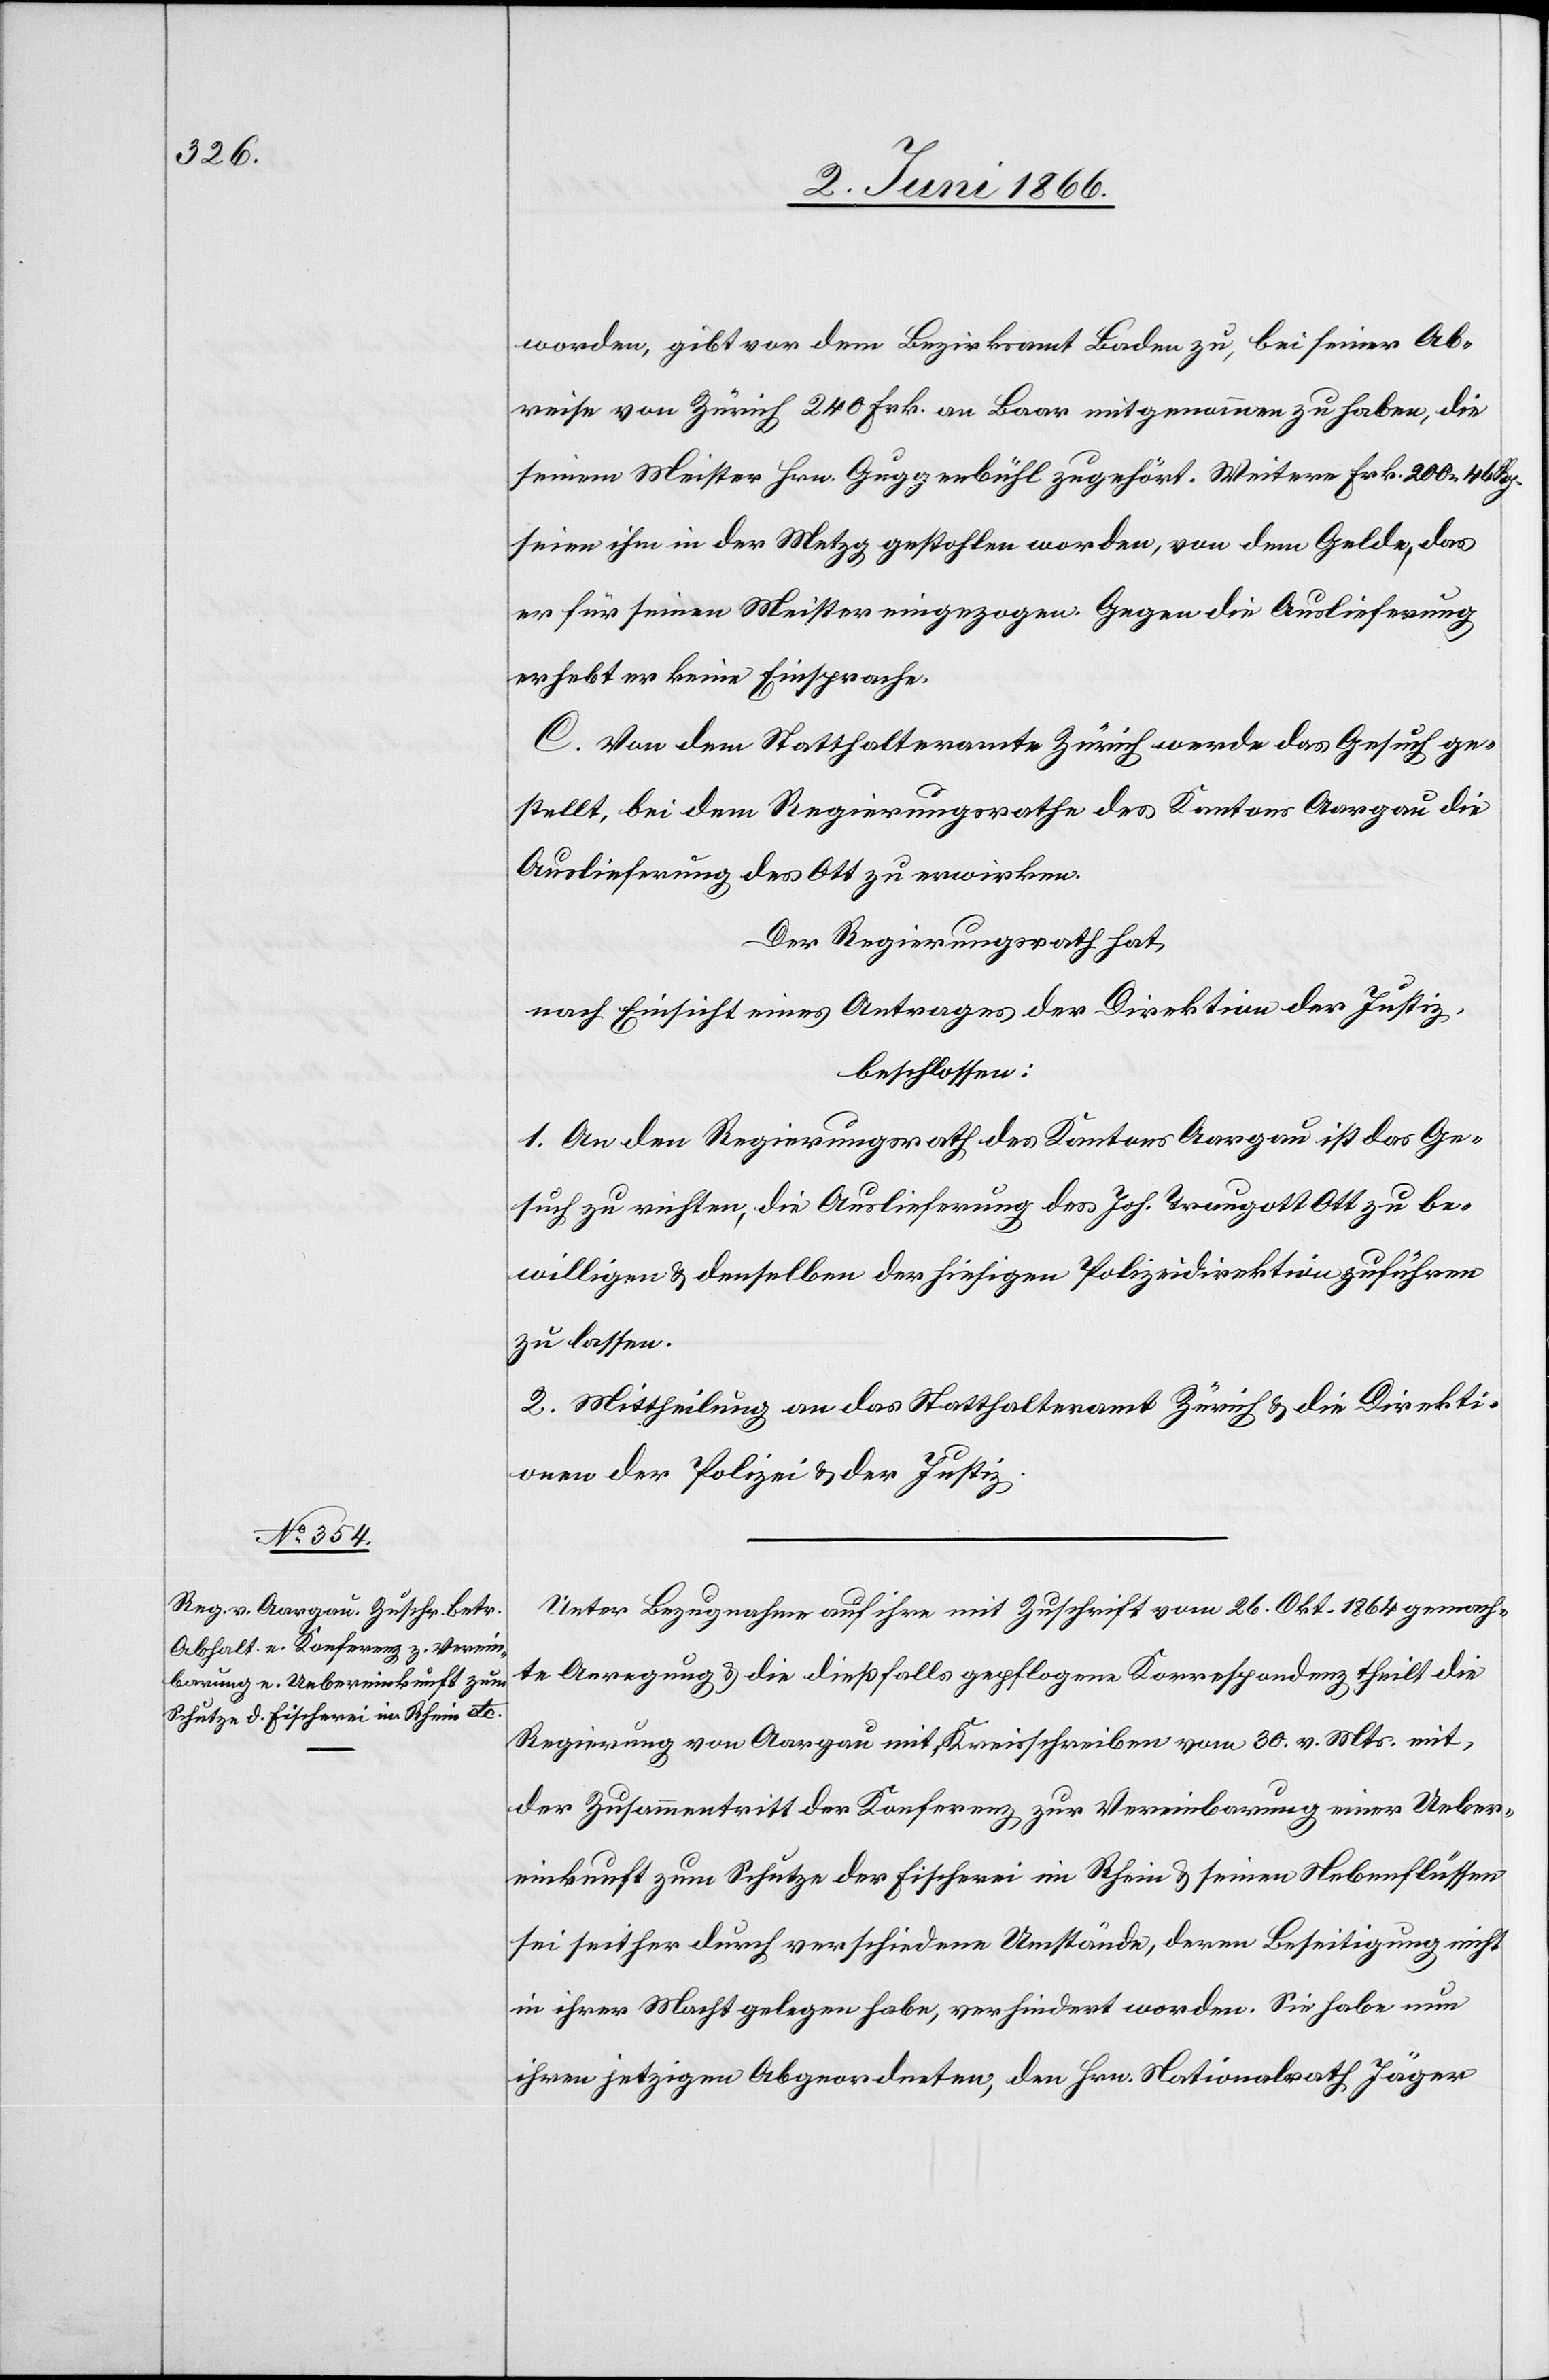
5. Juni 1866.]
worden, gibt vor dem Bezirksamt Baden zu, bei seiner Ab¬
reise von Zürich 240 Frk. an Baar mitgenommen zu haben, die
seinem Meister Hrn. Guggenbühl zugehört. Weitere Frk. 200.46 Rp.
seien ihm in der Metzg gestohlen worden, von dem Gelde das
er für seinen Meister eingezogen. Gegen die Auslieferung
erhebt er keine Einsprache.
C. Von dem Statthalteramte Zürich werde das Gesuch ge¬
stellt, bei dem Regierungsrathe des Kantons Aargau die
Auslieferung des Ott zu erwirken.
Der Regierungsrath hat,
nach Einsicht eines Antrages der Direktion der Justiz,
beschlossen:
1. An den Regierungsrath des Kantons Aargau ist das Ge¬
such zu richten, die Auslieferung des Joh. Traugott Ott zu be¬
willigen u. denselben der hiesigen Polizeidirektion zuführen
zu lassen.
2. Mittheilung an das Statthalteramt Zürich u. die Direkti¬
onen der Polizei u. der Justiz.
Unter Bezugnahme auf ihre mit Zuschrift vom 26. Okt. 1864 gemach¬
te Anregung u. die dießfalls gepflogene Korrespondenz theilt die
Regierung von Aargau mit Kreisschreiben vom 30. v. Mts. mit,
der Zusammentritt der Konferenz zur Vereinbarung einer Ueber¬
einkunft zum Schutze der Fischerei im Rhein u. seinen Nebenflüssen
sei seither durch verschiedene Umstände, deren Beseitigung nicht
in ihrer Macht gelegen habe, verhindert worden. Sie habe nun
ihren jetzigen Abgeordneten, den Hrn. Nationalrath Jäger